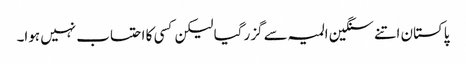
پاکستان اتنے سنگین المیہ سے گزر گیا لیکن کسی کا احتساب نہیں ہوا۔